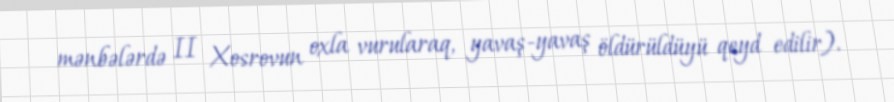
mənbələrdə II Xosrovun oxla vurularaq, yavaş-yavaş öldürüldüyü qeyd edilir).